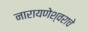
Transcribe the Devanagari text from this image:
नारायणेश्वराचे